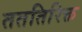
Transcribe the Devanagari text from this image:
तततिरिक्त